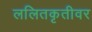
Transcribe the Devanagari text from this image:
ललितकृतीवर